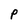
Character: P